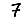
Digit: 7